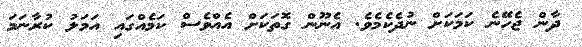
ދާން ޖެހޭނެ ކަމަކަށް ނުދެކެމެވެ. އެނޫން ގޮތަކަށް އެއްވެސް ކަމެއްގައި އަމަލު ކުރާނަމަ